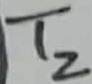
Text: T2